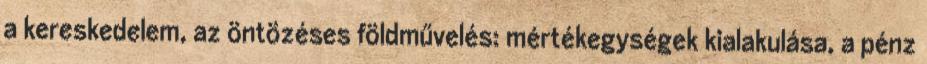
a kereskedelem, az öntözéses földművelés: mértékegységek kialakulása, a pénz